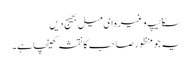
سکائیپ وغیرہ ای میل بھیج دیں
یہ جو منظور صاحب کا نقشہ کھینچا ہے۔